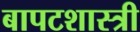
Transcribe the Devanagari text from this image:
बापटशास्त्री